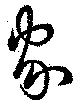
家